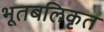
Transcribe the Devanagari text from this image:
भूतबलिकृत